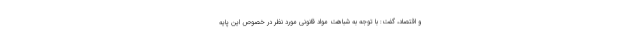
و اقتصاد، گفت: با توجه به شباهت مواد قانونی مورد نظر در خصوص این پایه